Indian journal of veterinary science and animal husbandry - Volume 7,
Year: 1937
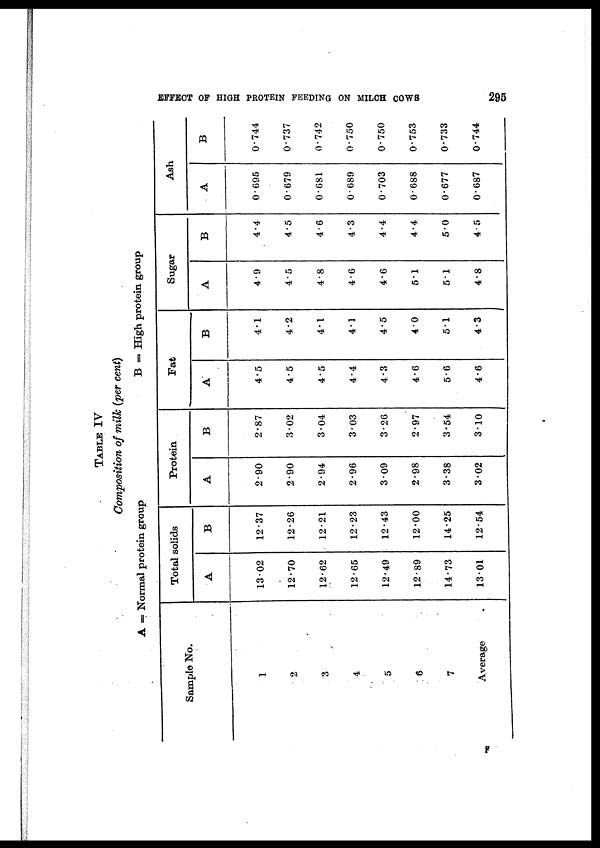
EFFECT OF HIGH PROTEIN FEEDING ON MILCH COWS
295
TABLE IV
Composition of milk (per cent)
A = Normal protein group
B = High protein group
Sample No.
1
2
3
4
5
6
7
Average
Total solids
A
13.02
12.70
12.62
12.65
12.49
12.89
14.73
13.01
B
12.37
12.26
12.21
12.23
12.43
12.00
14.25
12.54
Protein
A
2.90
2.90
2.94
2.96
3.09
2.98
3.38
3.02
B
2.87
3.02
3.04
3.03
3.26
2.97
3.54
3.10
Fat
A
4.5
4.5
4.5
4.4
4.3
4.6
5.6
4.6
B
4.1
4.2
4.1
4.1
4.5
4.0
5.1
4.3
Sugar
A
4.9
4.5
4.8
4.6
4.6
5.1
5.1
4.8
B
4.4
4.5
4.6
4.3
4.4
4.4
5.0
4.5
Ash
A
0.695
0.679
0.681
0.689
0.703
0.688
0.677
0.687
B
0.744
0.737
0.742
0.750
0.750
0.753
0.733
0.744